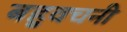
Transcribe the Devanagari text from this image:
बहुवचनी